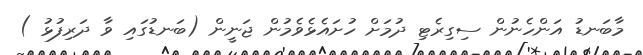
މާބަނޑު އަންހެނުން ސިގިރެޓި ދުމަށް ހުށައެޅެވެމުން ޖަނީން (ބަނޑުގައި ވާ ދަރިފުޅު )